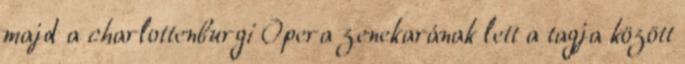
majd a charlottenburgi Opera zenekarának lett a tagja között